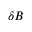
\delta B